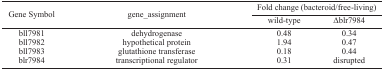
<table><thead><tr><td rowspan="3"><b>Gene Symbol</b></td><td rowspan="3"><b>gene_assignment</b></td><td colspan="2"><b>Fold change (bacteroid/free-living)</b></td></tr><tr><td><b>wild-type</b></td><td><b>Δblr7984</b></td></tr></thead><tbody><tr><td>bll7981</td><td>dehydrogenase</td><td>0.48</td><td>0.34</td></tr><tr><td>bll7982</td><td>hypothetical protein</td><td>1.94</td><td>0.47</td></tr><tr><td>bll7983</td><td>glutathione transferase</td><td>0.18</td><td>0.44</td></tr><tr><td>blr7984</td><td>transcriptional regulator</td><td>0.31</td><td>disrupted</td></tr></tbody></table>